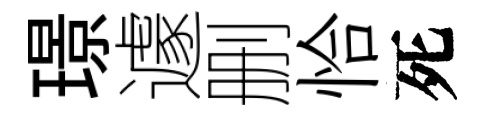
璟遽删恰死